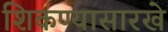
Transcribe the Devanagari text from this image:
शिकण्यासारखे